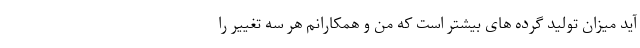
آید میزان تولید گرده های بیشتر است که من و همکارانم هر سه تغییر را